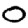
Digit: 0